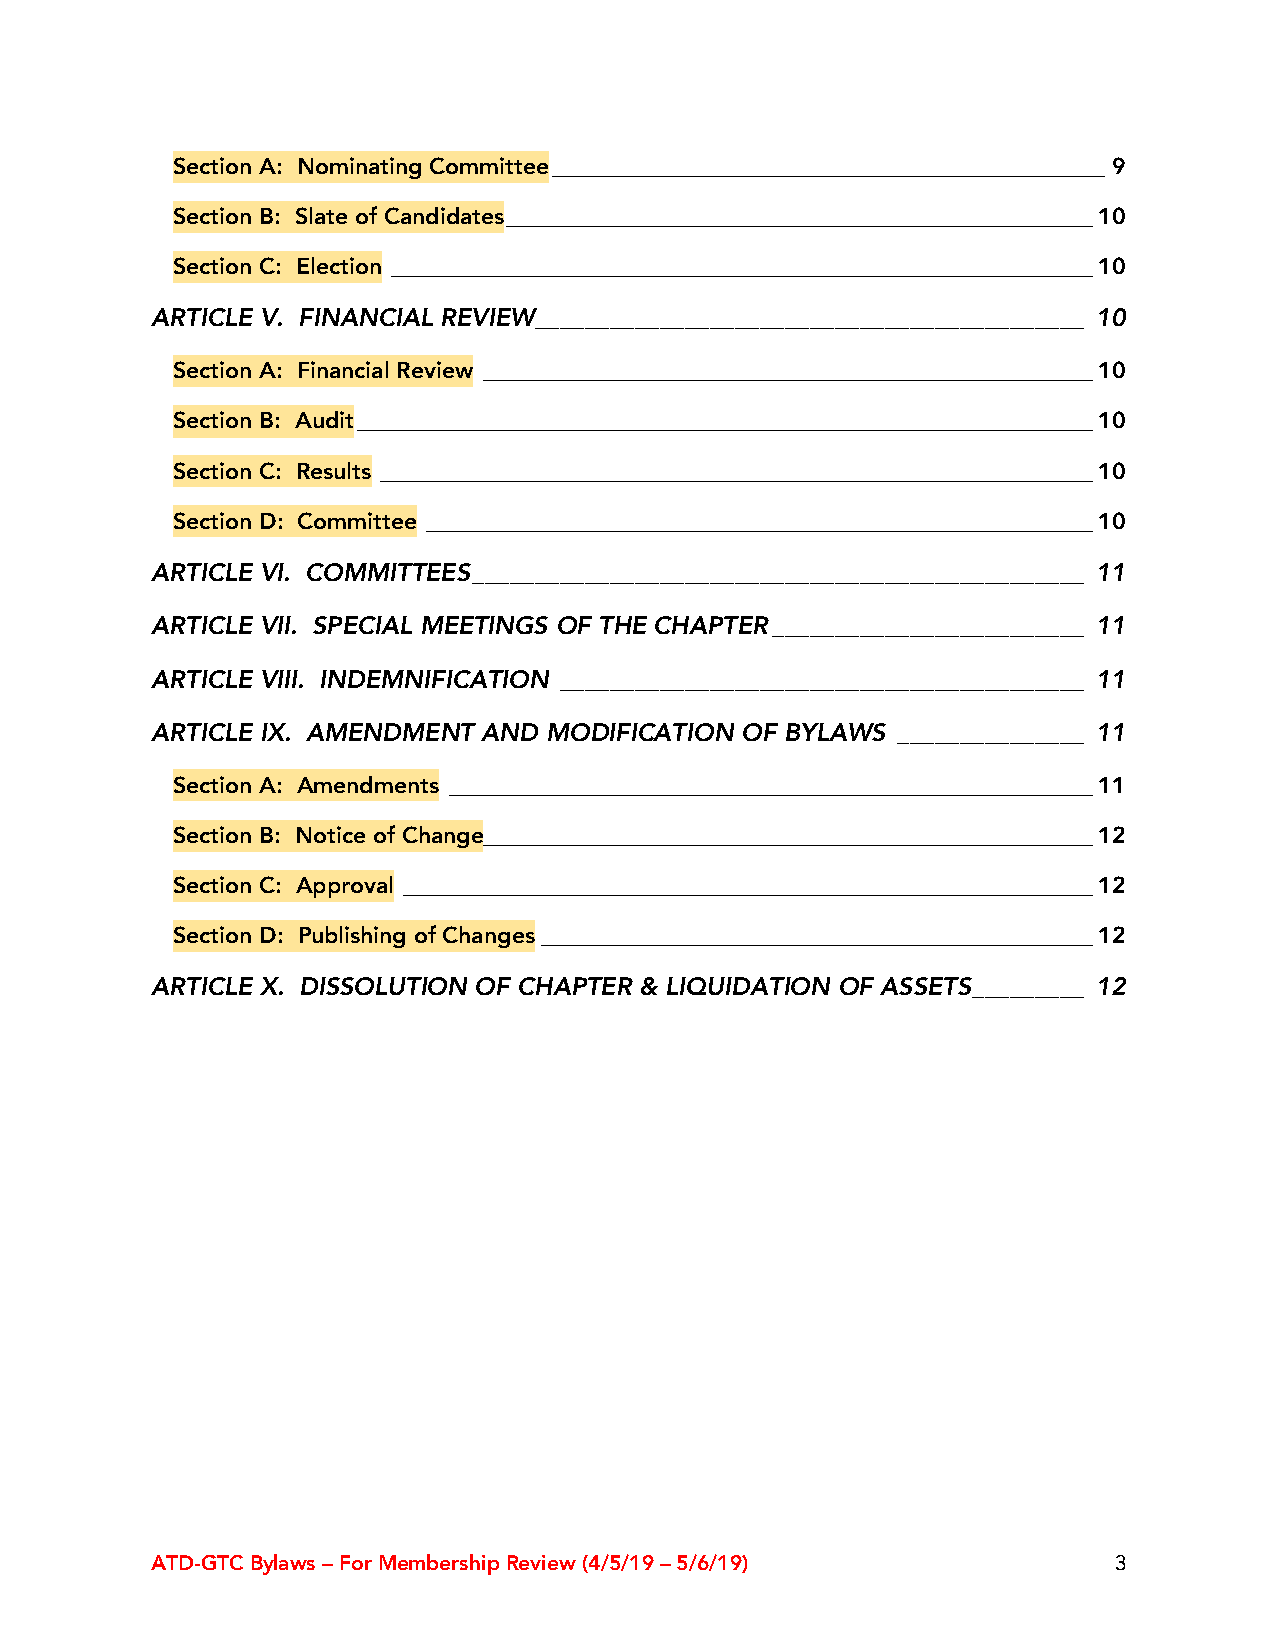
Section A: Nominating Committee ________________________________________________ 9
 Section B: Slate of Candidates ___________________________________________________ 10
 Section C: Election _____________________________________________________________ 10
 ARTICLE V. FINANCIAL REVIEW ____________________________________________ 10
 Section A: Financial Review _____________________________________________________ 10
 Section B: Audit ________________________________________________________________ 10
 Section C: Results ______________________________________________________________ 10
 Section D: Committee __________________________________________________________ 10
 ARTICLE VI. COMMITTEES _________________________________________________ 11
 ARTICLE VII. SPECIAL MEETINGS OF THE CHAPTER _________________________ 11
 ARTICLE VIII. INDEMNIFICATION __________________________________________ 11
 ARTICLE IX. AMENDMENT AND MODIFICATION OF BYLAWS _______________ 11
 Section A: Amendments ________________________________________________________ 11
 Section B: Notice of Change_____________________________________________________ 12
 Section C: Approval ____________________________________________________________ 12
 Section D: Publishing of Changes ________________________________________________ 12
 ARTICLE X. DISSOLUTION OF CHAPTER & LIQUIDATION OF ASSETS _________ 12
 ATD-GTC Bylaws – For Membership Review (4/5/19 – 5/6/19)        3